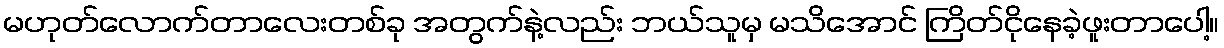
မဟုတ်လောက်တာလေးတစ်ခု အတွက်နဲ့လည်း ဘယ်သူမှ မသိအောင် ကြိတ်ငိုနေခဲ့ဖူးတာပေါ့။